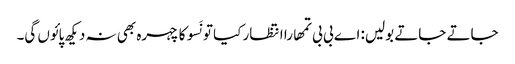
جاتے جاتے بولیں: اے بی بی تمھارا انتظار کیا تو نَسو کا چہرہ بھی نہ دیکھ پائوں گی۔